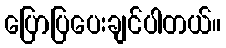
ပြောပြပေးချင်ပါတယ်။